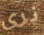
نري